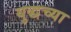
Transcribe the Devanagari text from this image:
युद्धच्या